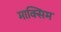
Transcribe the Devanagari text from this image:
माक्सिम